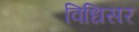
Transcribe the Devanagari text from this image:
विधिसर